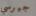
جيرسي